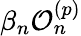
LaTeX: \beta_{n}\mathcal{O}_{n}^{({p})}